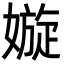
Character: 嫙